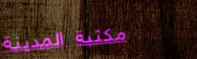
مكتبة المدينة